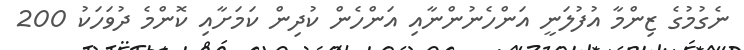
ނެގުމުގެ ޒިންމާ އުފުލަނީ އަންހެނުންނާއި އަންހެން ކުދިން ކަމަށާއި ކޮންމެ ދުވަހަކު 200